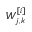
W _ { j , k } ^ { [ i ] }